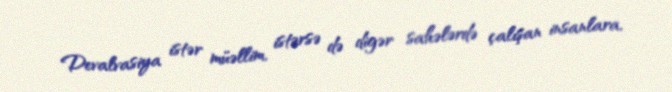
Devalvasiya istər müəllim, istərsə də digər sahələrdə çalışan insanlara,